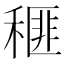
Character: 𥠶